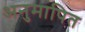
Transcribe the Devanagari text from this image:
अनुमापित